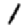
Digit: 1